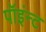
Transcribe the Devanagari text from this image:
पॉइंन्ट